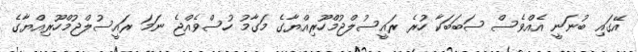
އޭގައި ބުނަނީ އެއްވެސް ސަބަބަކާ ހުރެ ރައީސުލްޖުމްހޫރިއްޔާގެ މަގާމު ހުސްވެއްޖެ ނަމަ ރައީސުލްޖުމްހޫރިއްޔާގެ